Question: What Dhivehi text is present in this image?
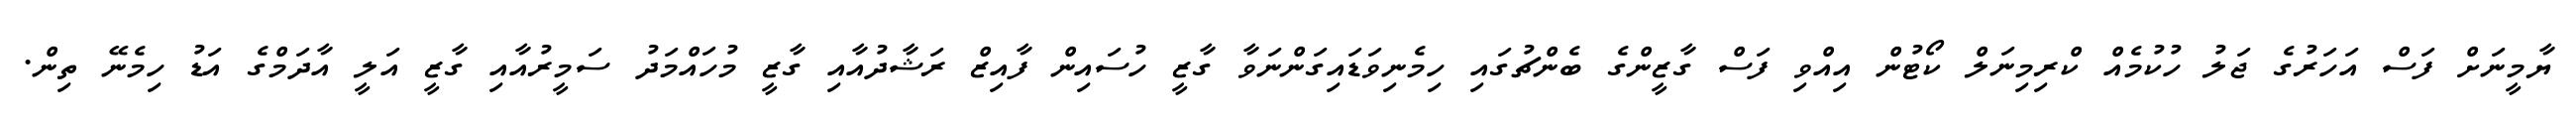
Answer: ޔާމީނަށް ފަސް އަހަރުގެ ޖަލު ހުކުމެއް ކްރިމިނަލް ކޯޓުން އިއްވި ފަސް ގާޒީންގެ ބެންޗުގައި ހިމެނިވަޑައިގަންނަވާ ގާޒީ ހުސައިން ފާއިޒް ރަޝާދުއާއި ގާޒީ މުހައްމަދު ސަމީރުއާއި ގާޒީ އަލީ އާދަމްގެ އަޑު ހިމެނޭ ތިން.